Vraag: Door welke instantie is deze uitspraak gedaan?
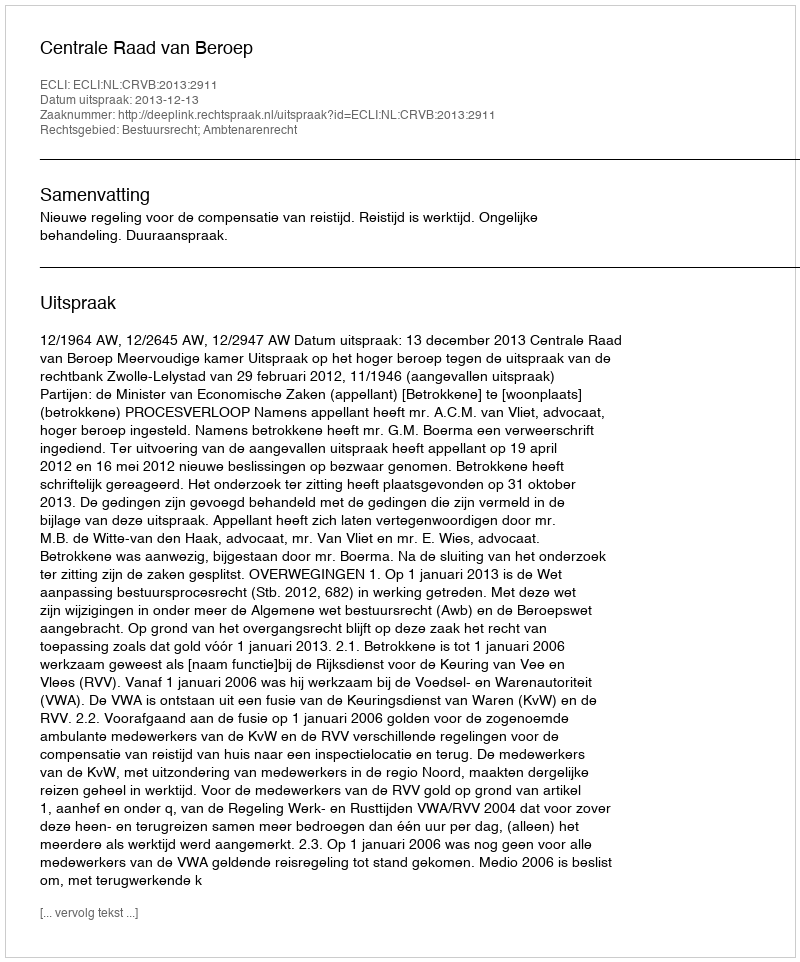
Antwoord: Centrale Raad van Beroep